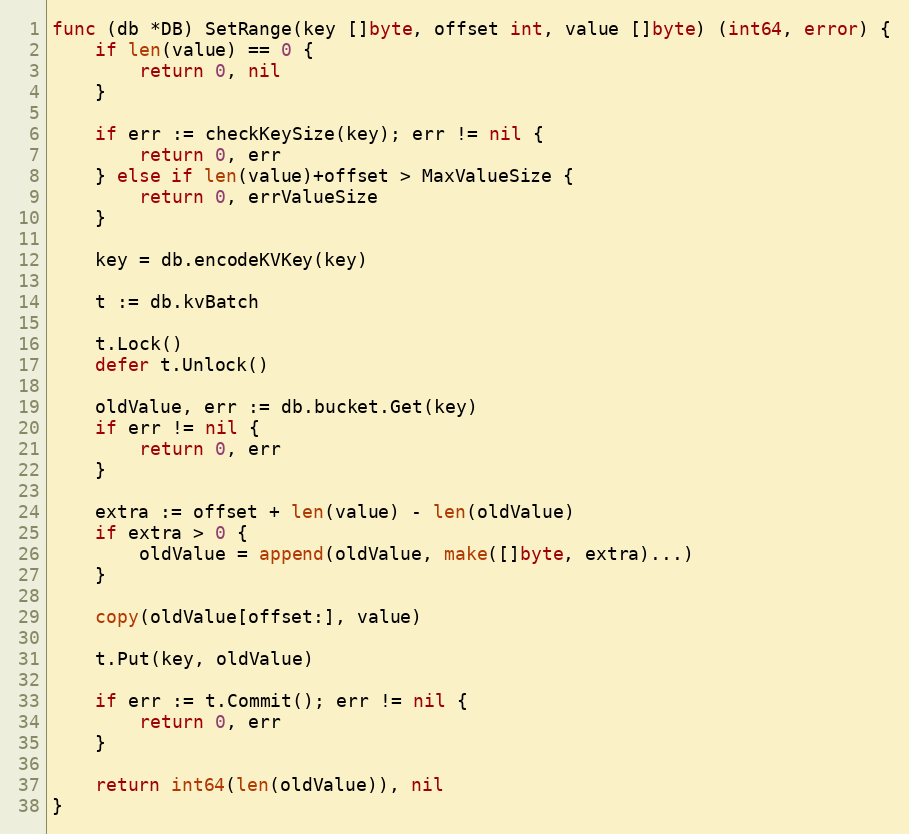
Language: Go
func (db *DB) SetRange(key []byte, offset int, value []byte) (int64, error) {
	if len(value) == 0 {
		return 0, nil
	}

	if err := checkKeySize(key); err != nil {
		return 0, err
	} else if len(value)+offset > MaxValueSize {
		return 0, errValueSize
	}

	key = db.encodeKVKey(key)

	t := db.kvBatch

	t.Lock()
	defer t.Unlock()

	oldValue, err := db.bucket.Get(key)
	if err != nil {
		return 0, err
	}

	extra := offset + len(value) - len(oldValue)
	if extra > 0 {
		oldValue = append(oldValue, make([]byte, extra)...)
	}

	copy(oldValue[offset:], value)

	t.Put(key, oldValue)

	if err := t.Commit(); err != nil {
		return 0, err
	}

	return int64(len(oldValue)), nil
}